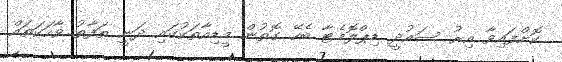
ކޮށްފައިވާ އިރު ސައުދީ ޑިޕްލޮމެޓާ ބެހޭ ގޮތުން މީޑިއާތަކުގައި ދަނީ ތަފާތު ވާހަކަތައް